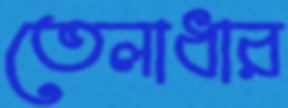
তেলাধার